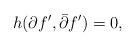
\begin{align*}h(\partial f',\bar\partial f')=0,\end{align*}